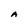
Character: A